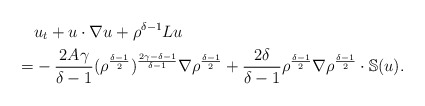
\begin{align*}&u_t+u\cdot\nabla u +\rho^{\delta-1}Lu\\=&-\frac{2A\gamma}{\delta-1}(\rho^{\frac{\delta-1}{2}})^{\frac{2\gamma-\delta-1}{\delta-1}}\nabla \rho^{\frac{\delta-1}{2}}+\frac{2\delta}{\delta-1}\rho^{\frac{\delta-1}{2}}\nabla \rho^{\frac{\delta-1}{2}} \cdot \mathbb{S}(u).\end{align*}